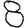
Digit: 8